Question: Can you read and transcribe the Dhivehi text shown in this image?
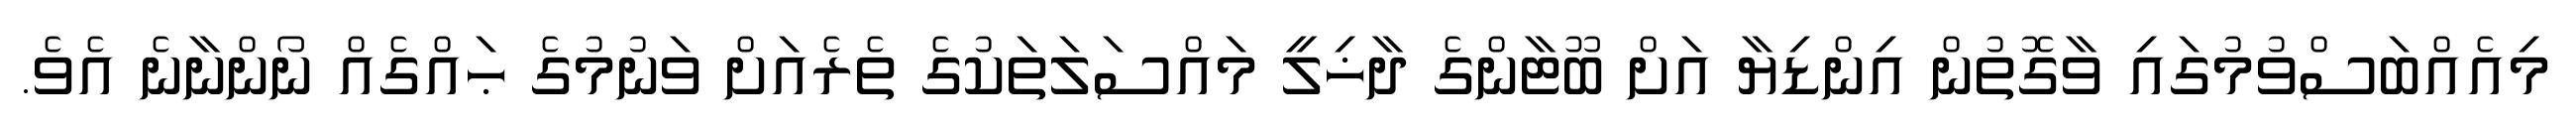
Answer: މިއެއްބަސްވުމުގައި ވާގޮތުން އިންޑިޔާ އަށް ބޫޓާންގެ ދާޚިލީ މައްސަލަތަކުގެ ތެރެއަށް ވަނުމުގެ ޙައްގެއް ނޯންނާނެ އެވެ.